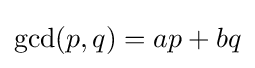
\gcd(p,q)=ap+bq